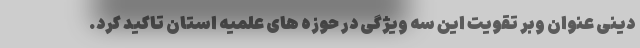
دینی عنوان وبر تقویت این سه ویژگی در حوزه های علمیه استان تاکید کرد.